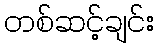
တစ်ဆင့်ချင်း